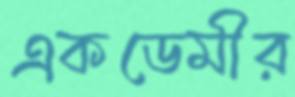
একডেমীর